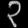
Digit: ၃